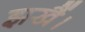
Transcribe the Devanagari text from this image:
झखैं।